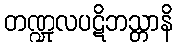
တဏ္ဍုလပဋိဘသ္တာနိ